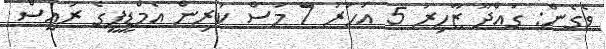
ވެގެން: ގައްދޫ ޒާހިރު 5 އަހަރު 7 މަސް ކުރިން އެމްޑީޕީގެ ރައީސް